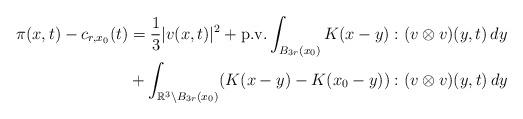
LaTeX: \begin{align*} \pi(x, t) - c_{r,x_0}(t) &= \frac{1}{3}|v(x, t)|^2 + \textnormal{p.v.} \int_{B_{3r}(x_0)} K(x - y) : (v \otimes v)(y, t) \,dy\\&+ \int_{\mathbb{R}^3 \setminus B_{3r}(x_0)} (K(x - y) - K(x_0 - y)) : (v \otimes v)(y, t) \,dy\end{align*}